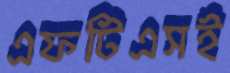
এফটিএসই